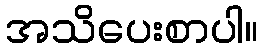
အသိပေးစာပါ။